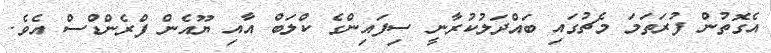
އެގޮތުން ފުރަތަމަ މެޗުގައި ބައްދަލުކުރާނީ ސިފައިންގެ ކްލަބް އާއި ޔޫއެން ފްރެެންޑްސް އެވެ.